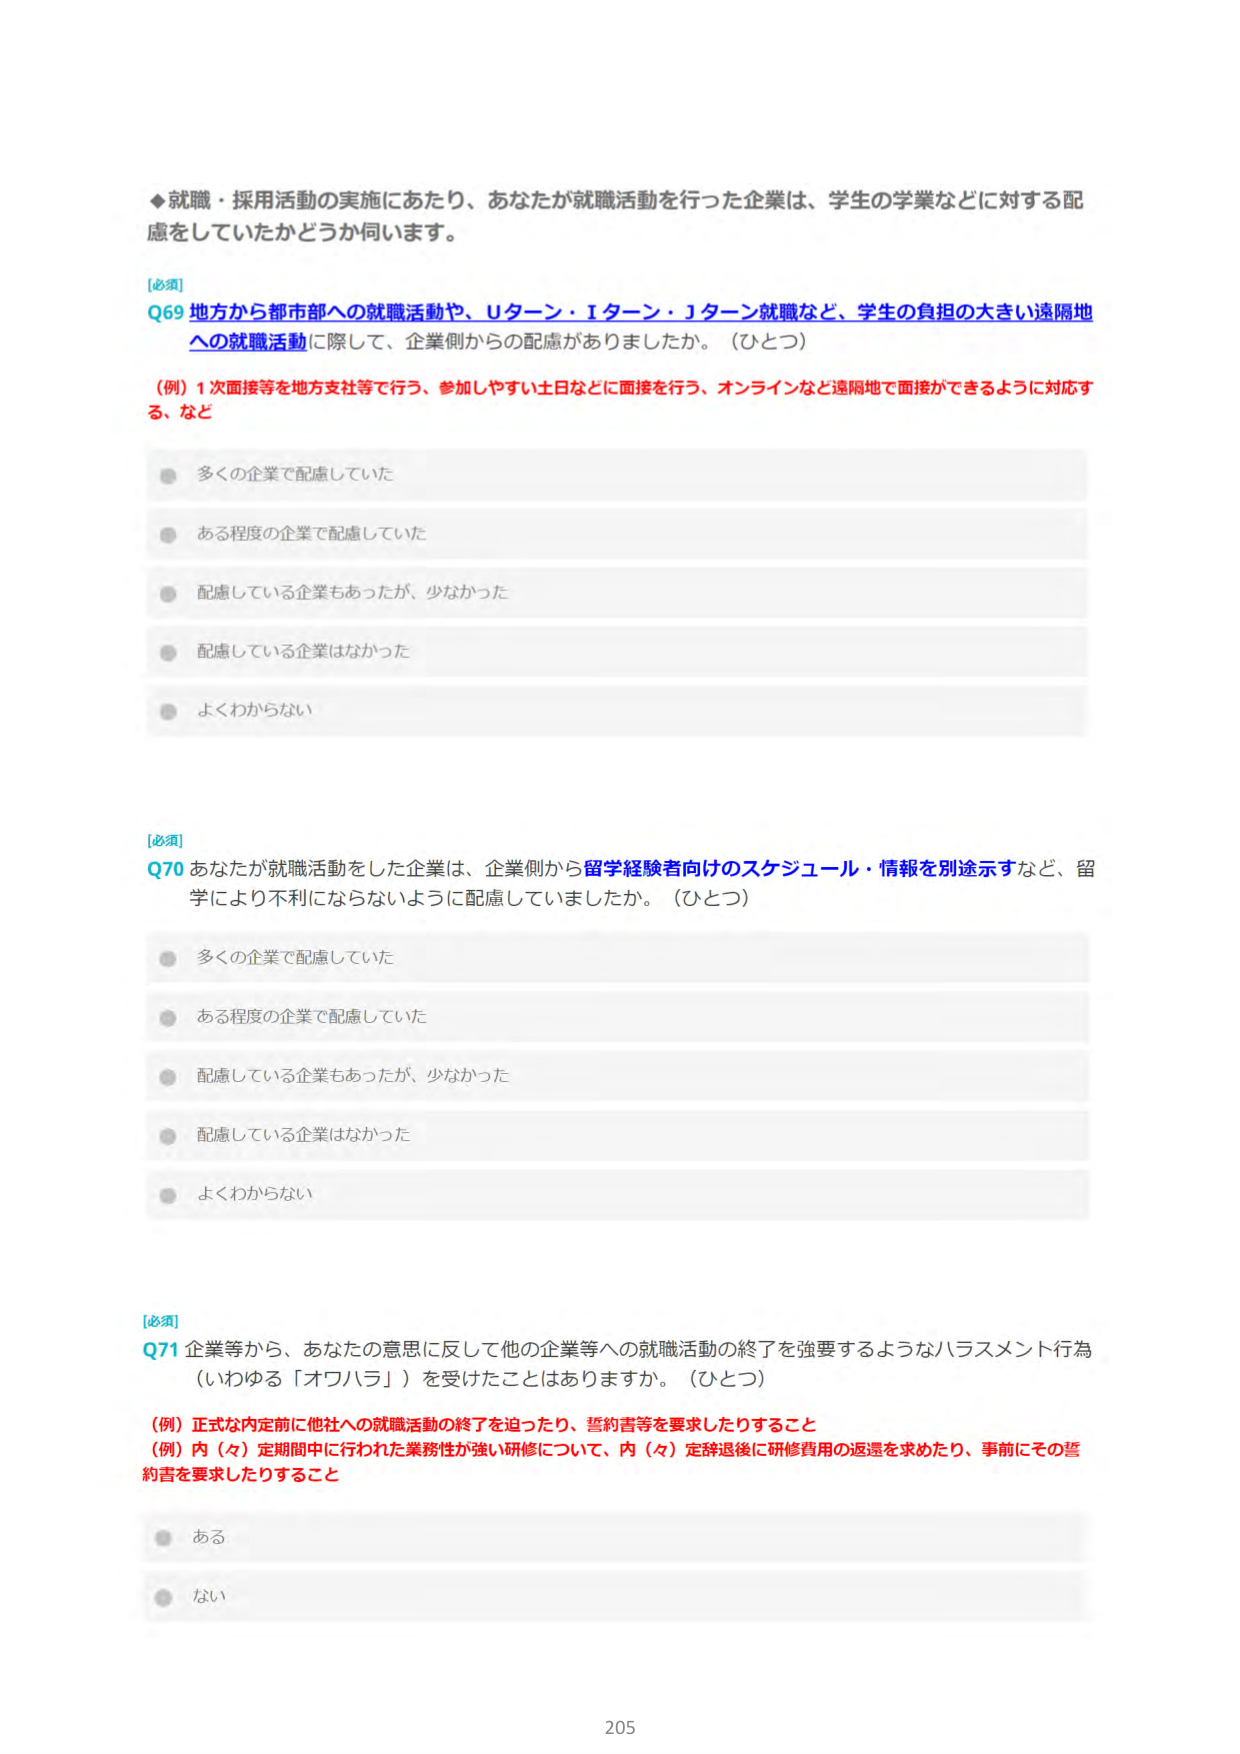
◆就職・採用活動の実施にあたり、あなたが就職活動を行った企業は、学生の学業などに対する配慮をしていたかどうか伺います。

[必須]
Q69 地方から都市部への就職活動や、Uターン・Iターン・Jターン就職など、学生の負担の大きい遠隔地への就職活動に際して、企業側からの配慮がありましたか。（ひとつ）
（例）1次面接等を地方支社等で行う、参加しやすい土日などに面接を行う、オンラインなど遠隔地で面接ができるように対応する、など

● 多くの企業で配慮していた
● ある程度の企業で配慮していた
● 配慮している企業もあったが、少なかった
● 配慮している企業はなかった
● よくわからない

[必須]
Q70 あなたが就職活動をした企業は、企業側から留学経験者向けのスケジュール・情報を別途示すなど、留学により不利にならないように配慮していましたか。（ひとつ）

● 多くの企業で配慮していた
● ある程度の企業で配慮していた
● 配慮している企業もあったが、少なかった
● 配慮している企業はなかった
● よくわからない

[必須]
Q71 企業等から、あなたの意思に反して他の企業等への就職活動の終了を強要するようなハラスメント行為（いわゆる「オワハラ」）を受けたことはありますか。（ひとつ）
（例）正式な内定前に他社への就職活動の終了を迫ったり、誓約書等を要求したりすること
（例）内（々）定期間中に行われた業務性が強い研修について、内（々）定辞退後に研修費用の返還を求めたり、事前にその誓約書を要求したりすること

● ある
● ない

205